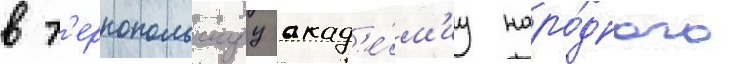
в т'ернопольскуу акад'е́м'иу наро́дного